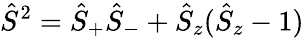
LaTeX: \hat{S}^{2}=\hat{S}_{+}\hat{S}_{-}+\hat{S}_{z}(\hat{S}_{z}-1)